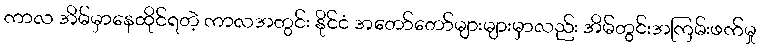
ကာလ အိမ်မှာနေထိုင်ရတဲ့ ကာလအတွင်း နိုင်ငံ အတော်တော်များများမှာလည်း အိမ်တွင်းအကြမ်းဖက်မှု